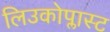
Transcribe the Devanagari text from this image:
लिउकोप्लास्ट